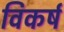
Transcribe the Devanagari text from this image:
विकर्ष